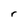
Character: r